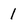
Character: 1